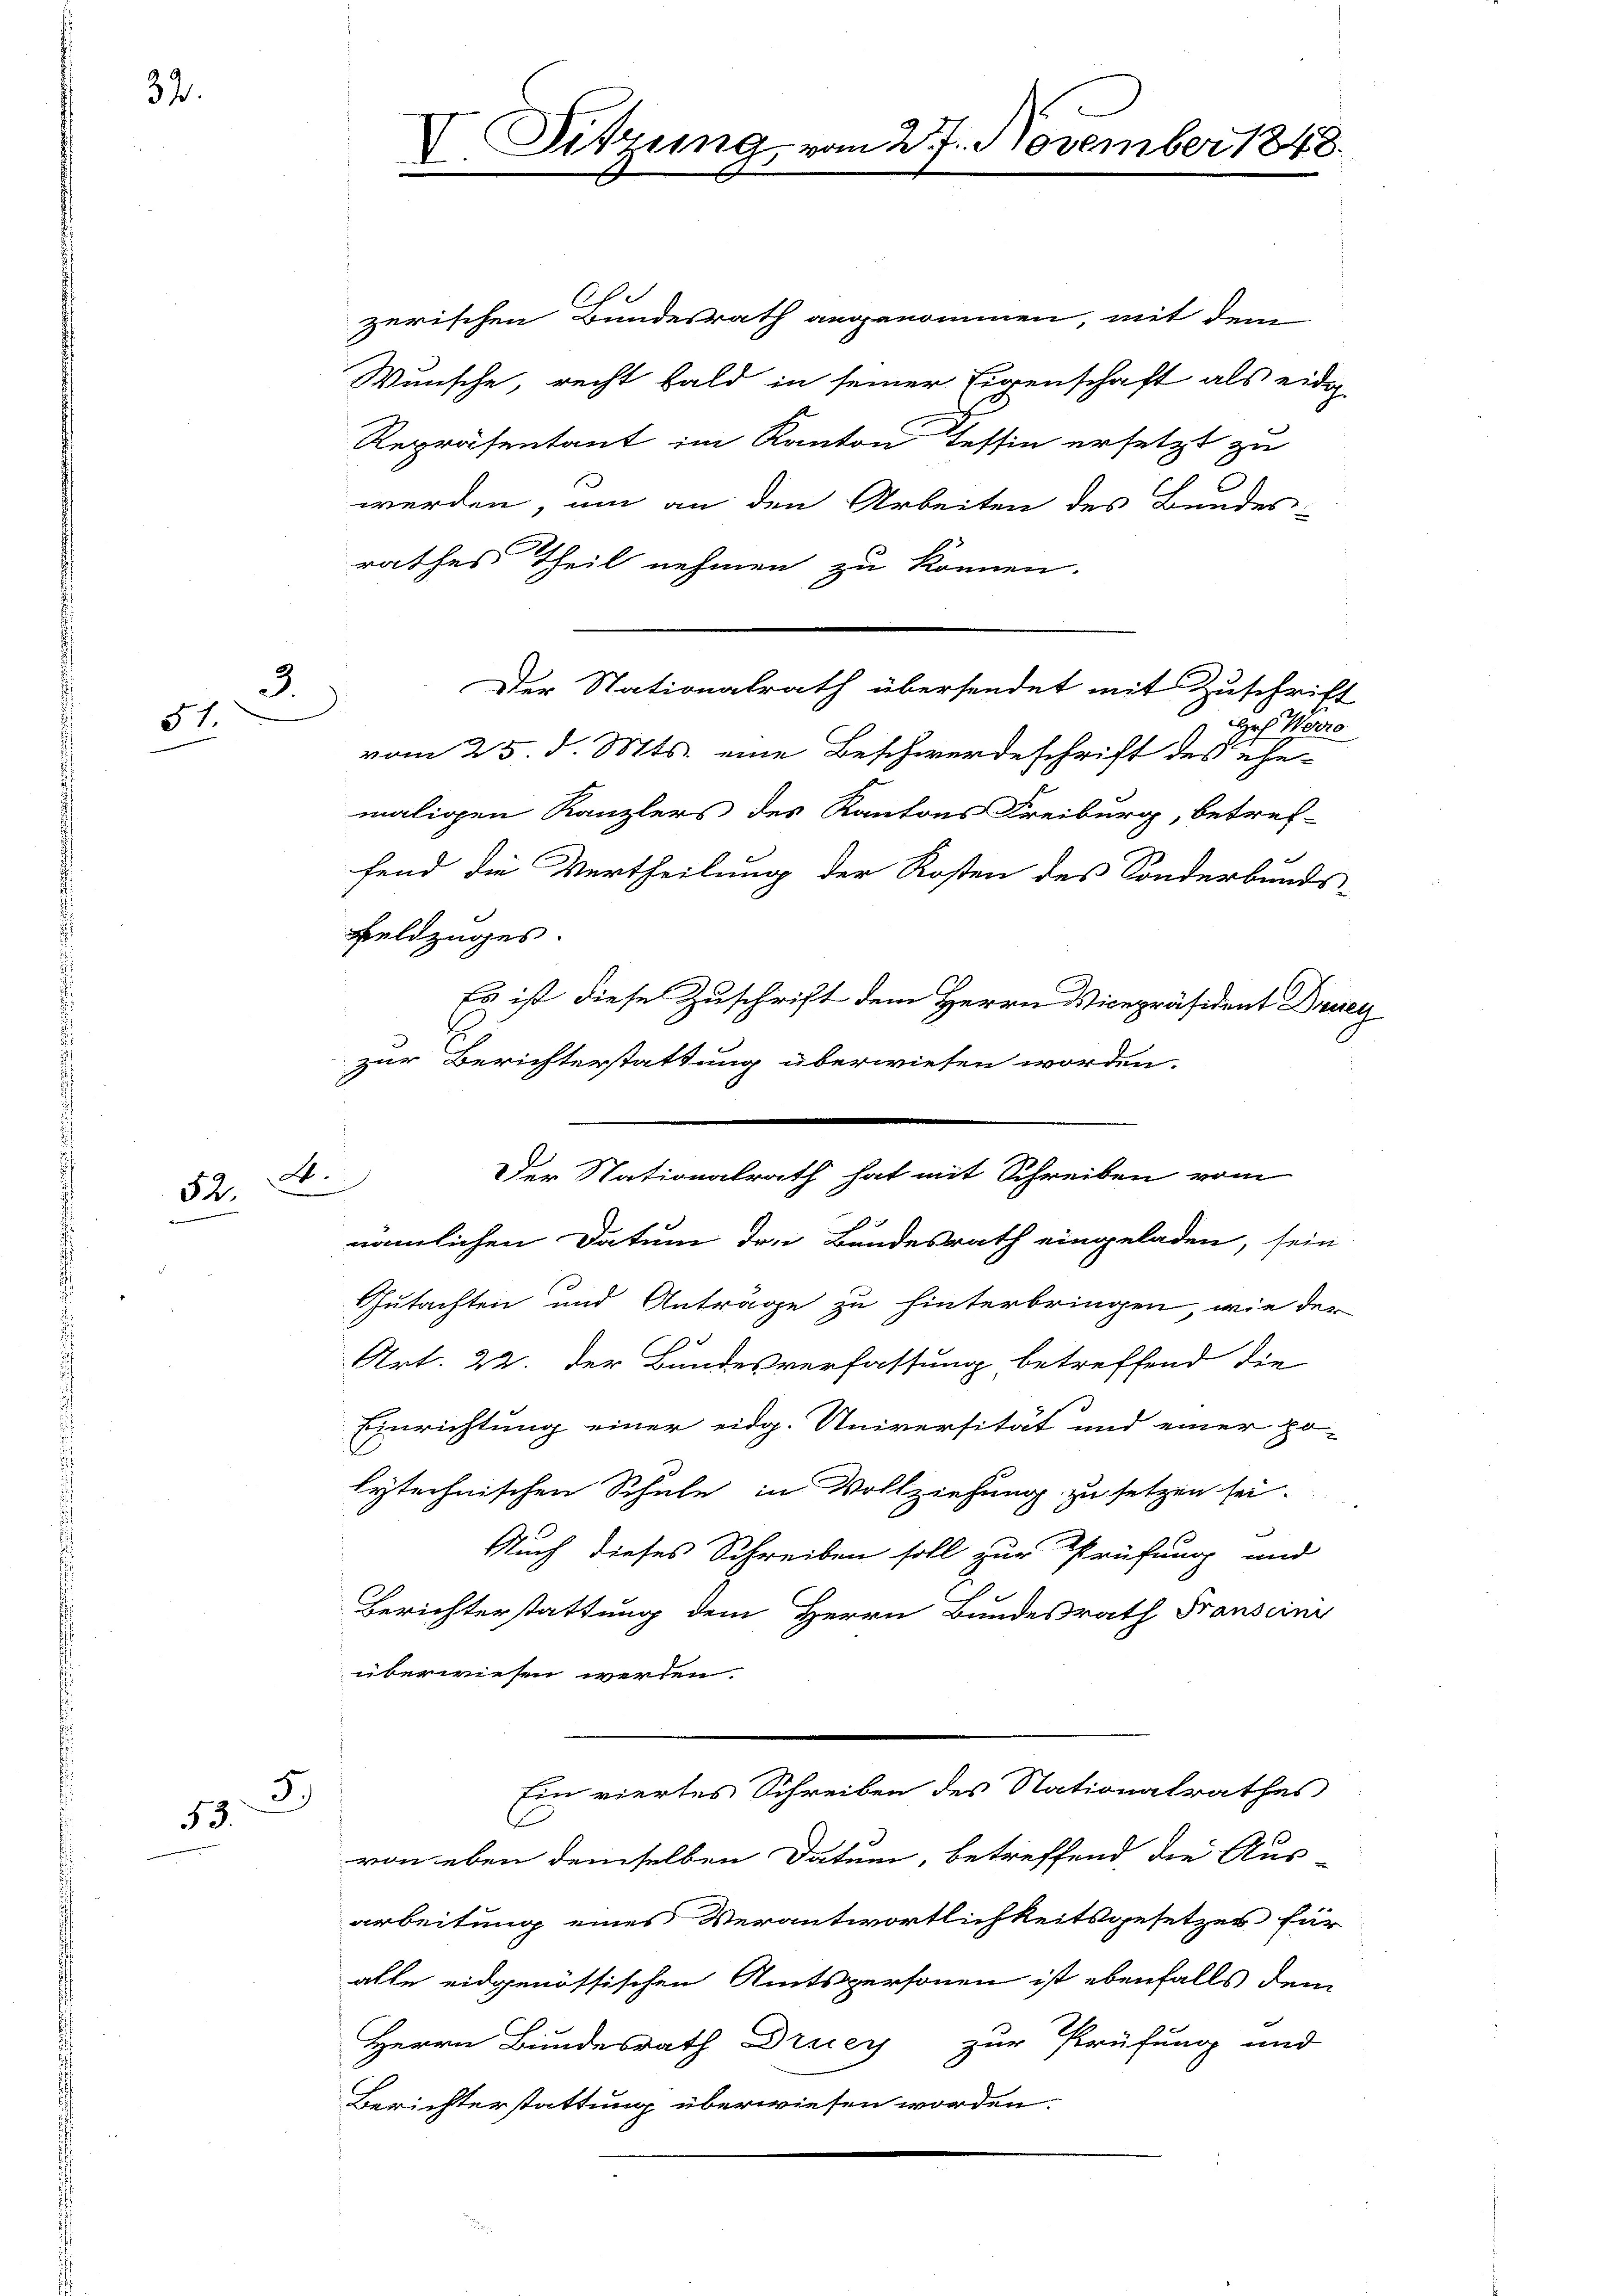
32.

3.
51.

A.
52.

5.)
53.

V. Sitzung vom 27. November 1848

Ihe
zerischen Bundesrath angenommen, mit dem
Wunsche, recht bald in seiner Eigenschaft als eidig
Repräsentant im Kanton Tessin ersetzt zu
werden, um an den Arbeiten des Bundes-
rathes Theil nehmen zu können.
Hof. Warro
vom 25. d. Mts. eine Beschwerdeschrift des ehemaligen Kanzlers des Kantons Freiburg, betref-
fend die Vertheilung der Rosten des Sonderbunds-
Feldzuges.
Es ist diese Zuschrift dem Herrn Vicepräsident Drey
E
zur Berichterstattung überwiesen worden.
Gutachten und Anträge zu hinterbringen, wie der
Art. 22. der Bundesverfassung betreffend die
Einrichtung einer eidg. Universität und einer po-
lytechnischen Schule in Vollziehung zu setzen sei.
Auch dieses Schreiben soll zur Prüfung und
Berichterstattung dem Herrn Bundesrath Franscini
überwiesen werden.
Ein viertes Schreiben des Nationalrathes
.
von eben demselben Datum, betreffend die Aus-
arbeitung eines Verantwortlichkeitsgesetzes für
alle eidgenössischen Amtspersonen ist ebenfalls dem
Herrn Bundesrath Drey zur Prüfung und
Berichterstattung überwiesen worden.

Der Nationalrath hat mit Schreiben vom

nämlichen Datum den Bundesrath eingeladen, sein

Der Stationalrath übersendet mit Zuschrift